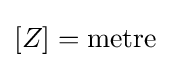
[Z]=\mathrm {metre}